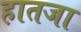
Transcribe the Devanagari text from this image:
हातजा